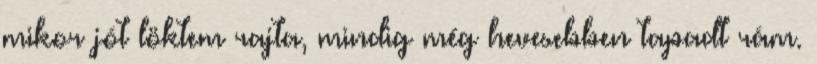
mikor jót löktem rajta, mindig még hevesebben tapadt rám.